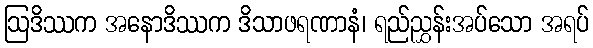
ဩဒိဿက အနောဒိဿက ဒိသာဖရဏာနံ၊ ရည်ညွှန်းအပ်သော အရပ်